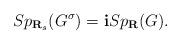
LaTeX: \begin{align*}Sp_{\textbf{R}_s}(G^\sigma)=\mathbf{i}Sp_{\textbf{R}}(G).\end{align*}